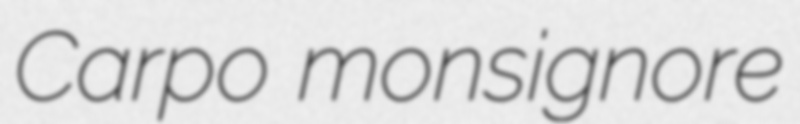
Carpo monsignore